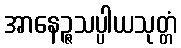
အာနေဉ္ဇသပ္ပါယသုတ္တံ